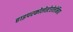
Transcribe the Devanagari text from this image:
हाइपरकोलेस्टेरोलेमिया